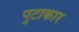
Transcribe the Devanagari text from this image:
पुटाकार